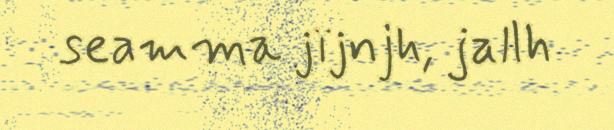
seamma jïjnjh, jallh